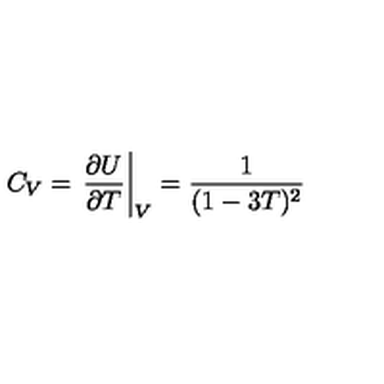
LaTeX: C _ { V } = \left. \frac { \partial U } { \partial T } \right| _ { V } = \frac { 1 } { ( 1 - 3 T ) ^ { 2 } }